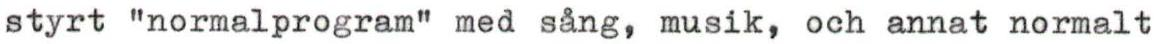
styrt "normalprogram" med sång, musik, och annat normalt